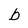
Character: b